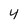
Character: 4